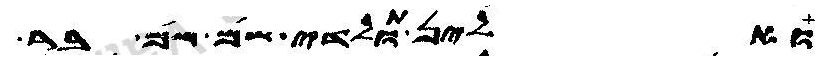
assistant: ואלין תולדי שם שם בר